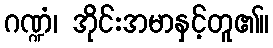
ဂဏ္ဍံ၊ အိုင်းအမာနှင့်တူ၏။